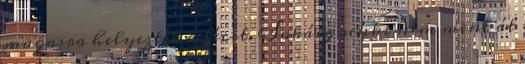
magasra helyezték a lécet. Sokáig senki nem ment át